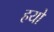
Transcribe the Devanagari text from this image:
हयो